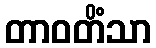
တာဝတိံသာ